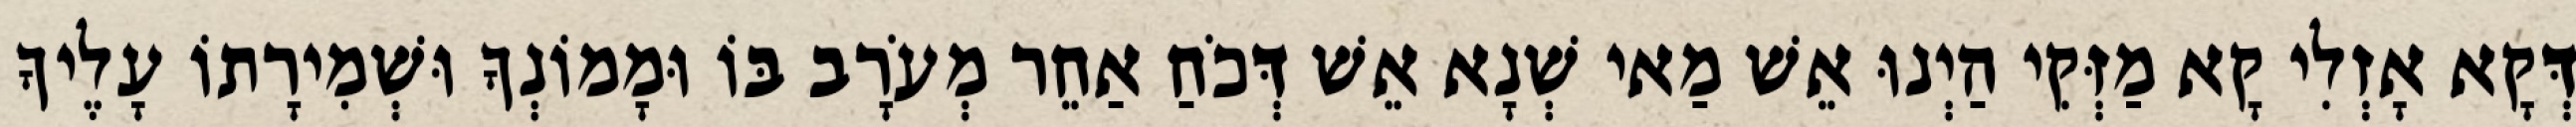
דְּקָא אָזְלִי קָא מַזְּקִי הַיְנוּ אֵשׁ מַאי שְׁנָא אֵשׁ דְּכֹחַ אַחֵר מְעֹרָב בּוֹ וּמָמוֹנְךָ וּשְׁמִירָתוֹ עָלֶיךָ